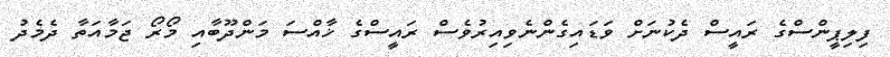
ފިލިޕީންސްގެ ރައީސް ދެކުނަށް ވަޑައިގެންނެވިއިރުވެސް ރައީސްގެ ޚާއްސަ މަންދޫބާއި މޯރޯ ޖަމާއަތާ ދެމެދު